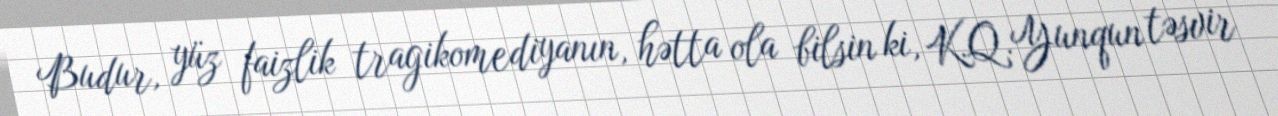
Budur, yüz faizlik tragikomediyanın, hətta ola bilsin ki, K.Q.Yunqun təsvir